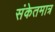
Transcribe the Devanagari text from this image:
संकेतमात्र